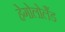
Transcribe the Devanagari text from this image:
हेगोलोलैंड